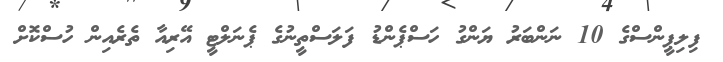
ފިލިޕީންސްގެ 10 ނަންބަރު ޔަންގު ހަސްޕެންޑު ފަލަސްތީނުގެ ޕެނަލްޓީ އޭރިއާ ތެރެއިން ހުސްކޮށް